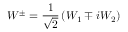
W ^ { \pm } = { \frac { 1 } { \sqrt { 2 } } } \left( W _ { 1 } \mp i W _ { 2 } \right)